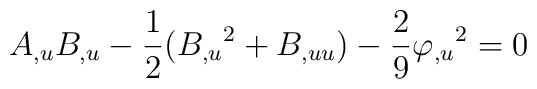
A_{,u} B_{,u}-\frac{1}{2}(B_{,u}{}^2+B_{,uu})-\frac{2}{9}\varphi_{,u}{}^{2}=0